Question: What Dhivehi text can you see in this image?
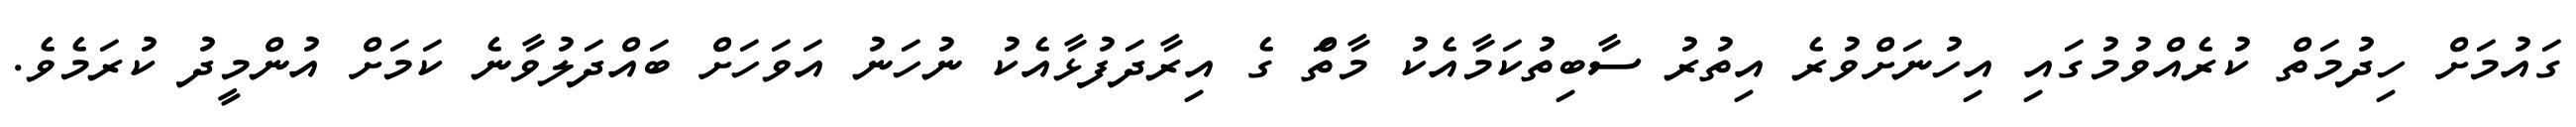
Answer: ގައުމަށް ހިދުމަތް ކުރެއްވުމުގައި އިހުނަށްވުރެ އިތުރު ސާބިތުކަމާއެކު މާތްަ ގެ އިރާދަފުޅާއެކު ނުހަނު އަވަހަށް ބައްދަލުވާނެ ކަމަށް އުންމީދު ކުރަމެވެ.